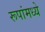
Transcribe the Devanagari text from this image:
रूपांमध्ये